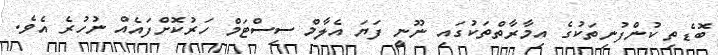
ބޮޑެތި ކުންފުނިތަކުގެ އިމާރާތްތަކުގައި ނޫނީ ފަޔަ އެލާމް ސިސްޓަމް ހަރުކޮށްފައެއް ނުހުރެ އެވެ.